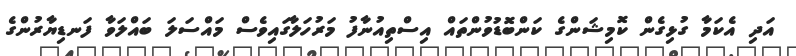
އަދި އެކަމާ ގުޅިގެން ކޮމިޝަންގެ ކަންބޮޑުވުންތައް އިސްތިއުނާފު މަރުހަލާގައިވެސް މައްސަލަ ބައްލަވާ ފަނޑިޔާރުންގެ